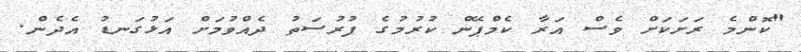
"ކޮންމެ ރަށަކަށް ވެސް އަރާ ކެމްޕޭން ކުރުމުގެ ފުރުސަތު ދެއްވުމަށް އަޅުގަނޑު އެދެން.